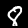
Label: 8